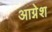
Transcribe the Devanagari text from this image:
आग्नेश